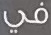
في